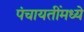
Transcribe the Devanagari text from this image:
पंचायतींमध्ये